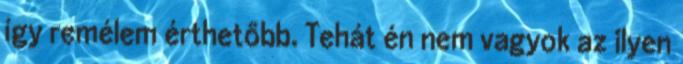
így remélem érthetőbb. Tehát én nem vagyok az ilyen